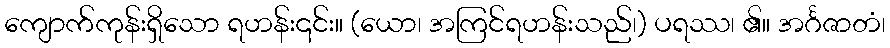
ကျောက်ကုန်းရှိသော ရဟန်း၎င်း။ (ယော၊ အကြင်ရဟန်းသည်၊) ပရဿ၊ ၏။ အင်္ဂဇာတံ၊